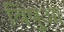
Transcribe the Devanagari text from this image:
विषुआ